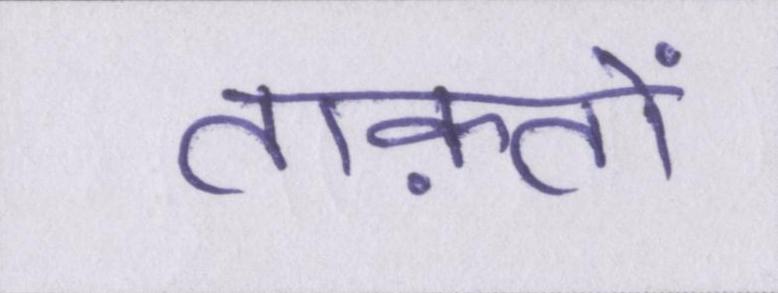
ताक़तों